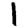
Digit: 1